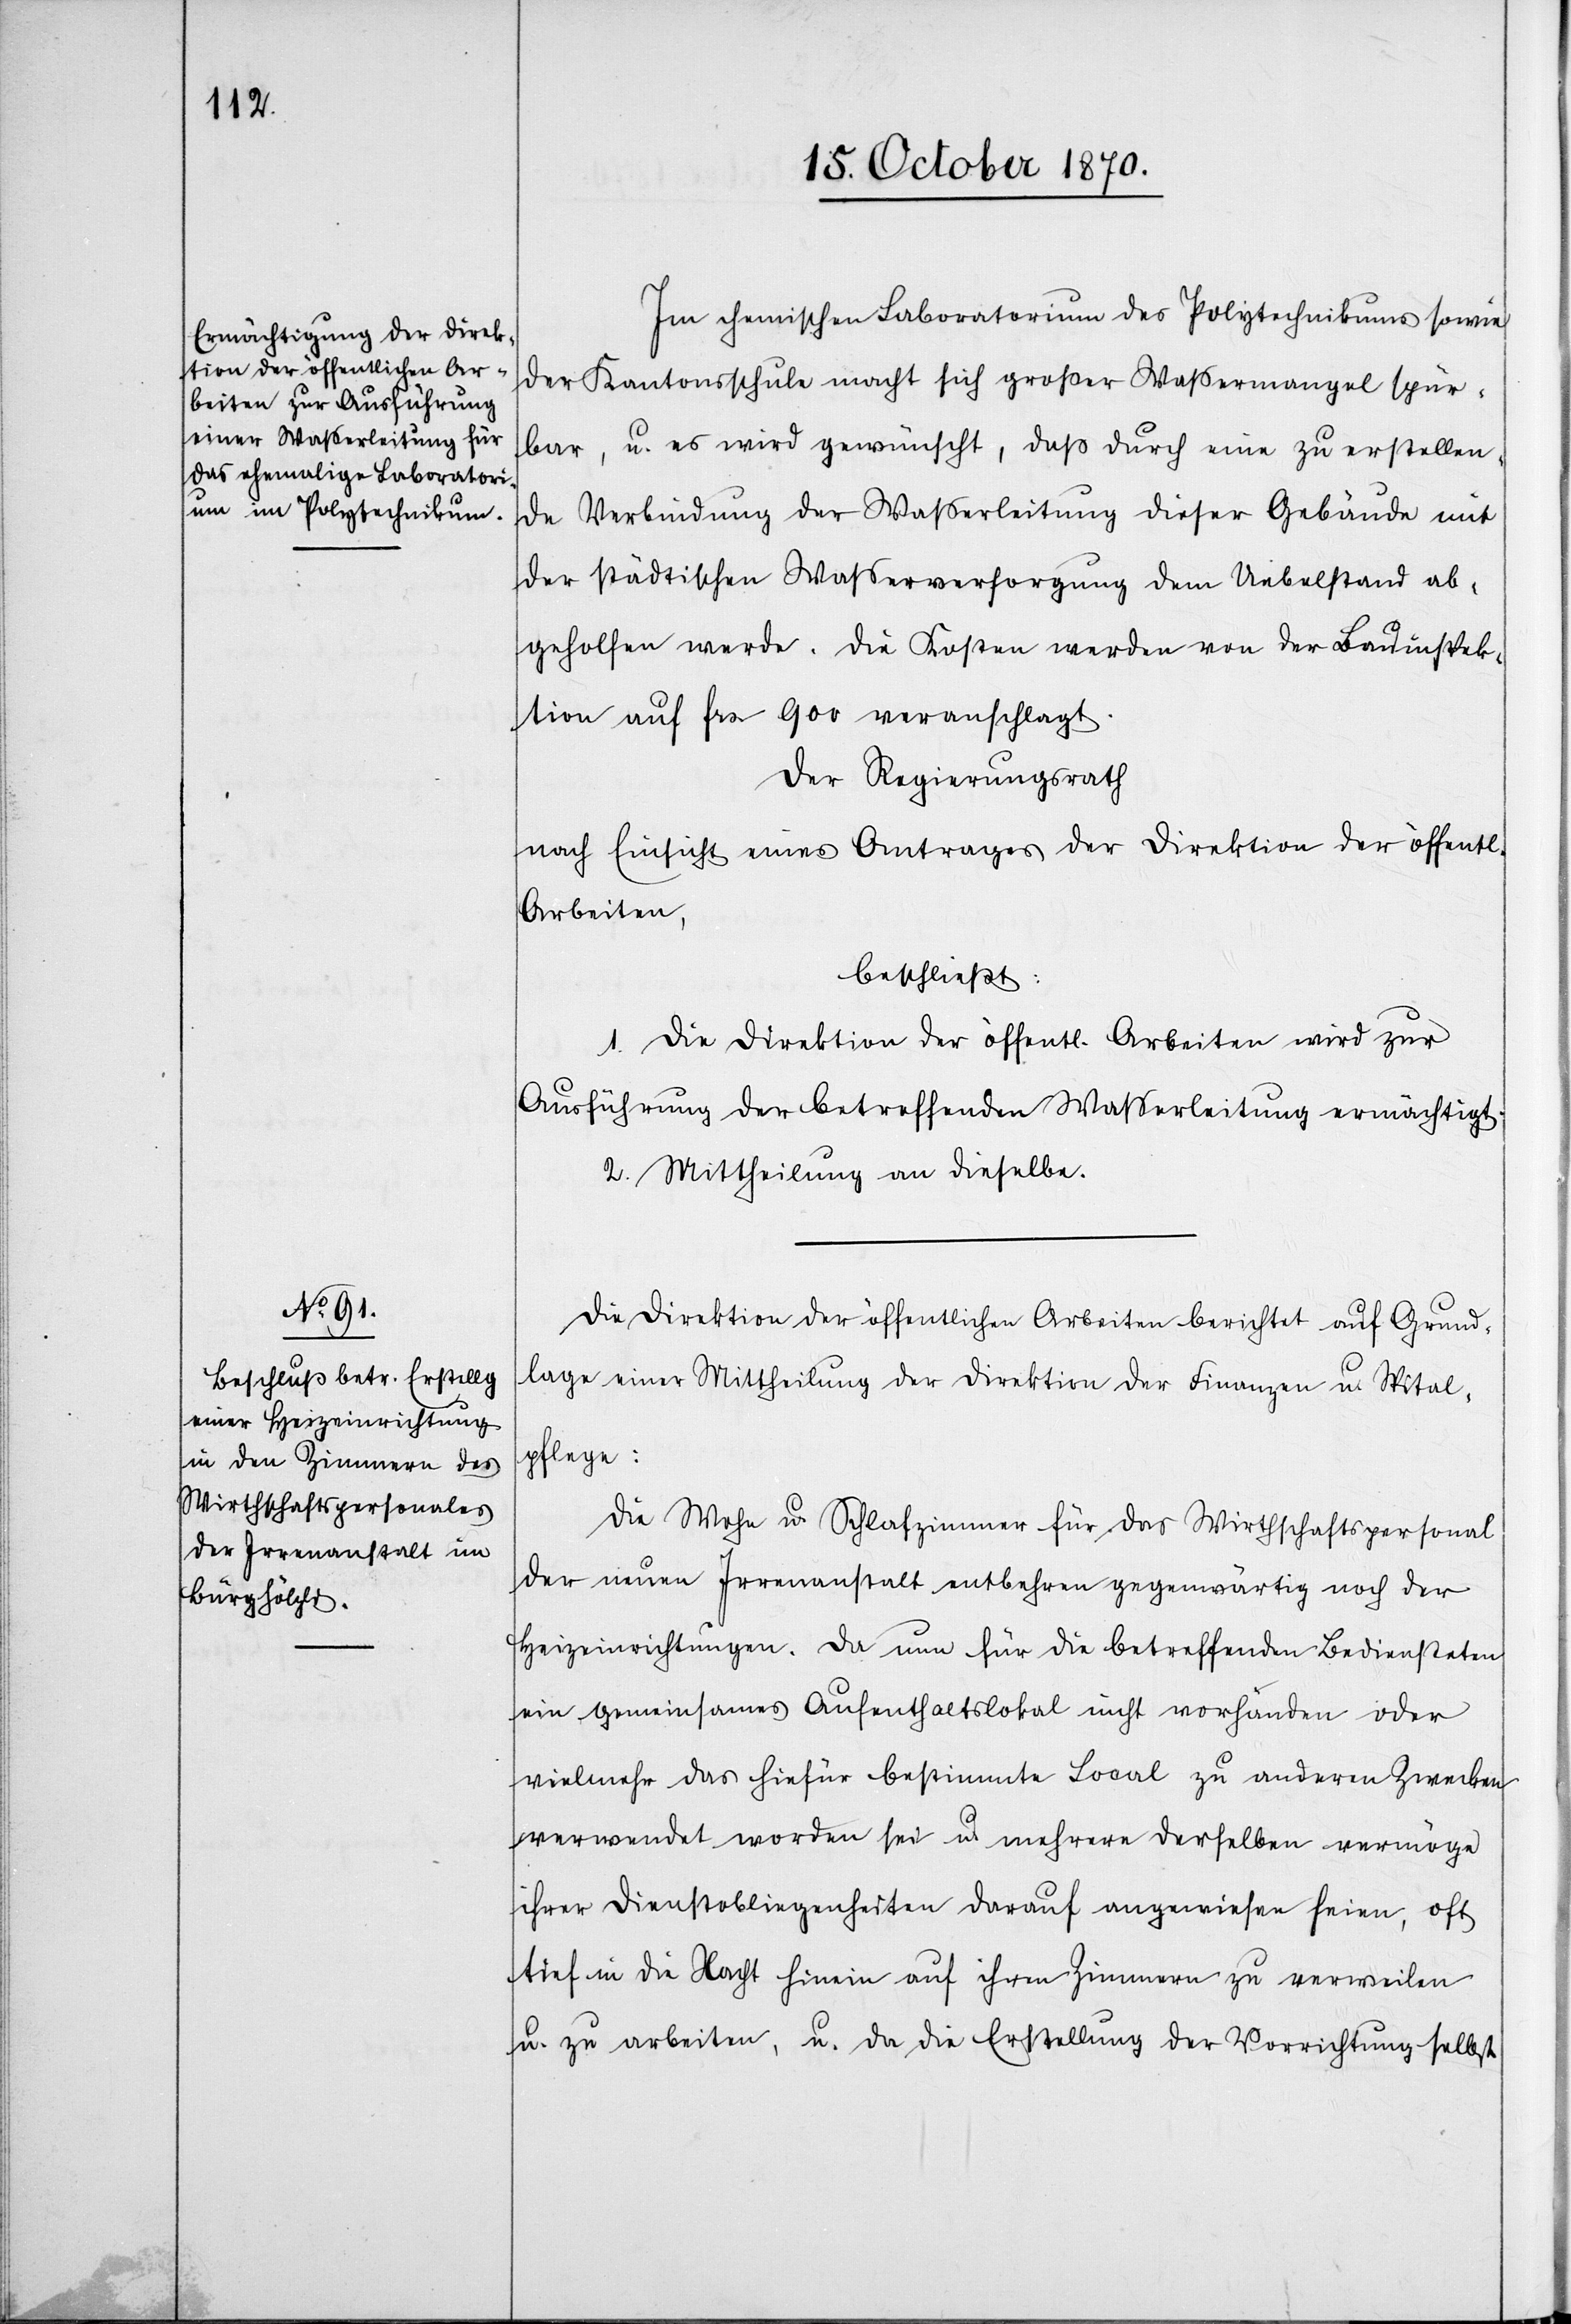
Im chemischen Laboratorium des Polytechnikums sowie
der Kantonsschule macht sich großer Waßermangel spür¬
bar, u. es wird gewünscht, daß durch eine zu erstellen¬
de Verbindung der Waßerleitung dieser Gebäude mit
der städtischen Wasserversorgung dem Uebelstand ab¬
geholfen werde. Die Kosten werden von der Bauinspek¬
tion auf Fr. 900 veranschlagt.
Der Regierungsrath
nach Einsicht eines Antrages der Direktion der öffentl.
Arbeiten,
beschließt:
1. Die Direktion der öffentl. Arbeiten wird zur
Ausführung der betreffenden Wasserleitung ermächtigt.
2. Mittheilung an dieselbe.
Die Direktion der öffentlichen Arbeiten berichtet auf Grund¬
lage einer Mittheilung der Direktion der Finanzen u. Spital¬
pflege:
Die Wohn u. Schlafzimmer für das Wirthschaftspersonal
der neuen Irrenanstalt entbehren gegenwärtig noch der
Heizeinrichtung. Da nun für die betreffenden Bediensteten
ein gemeinsames Aufenthaltslokal nicht vorhanden oder
vielmehr das hiefür bestimmte Local zu anderen Zwecken
verwendet worden sei u. mehrere derselben vermöge
ihrer Dienstobliegenheiten darauf angewiesen seien, oft
tief in die Nacht hinein auf ihren Zimmern zu verweilen
u. zu arbeiten, u. da die Erstellung der Vorrichtung selbst